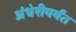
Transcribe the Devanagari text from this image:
अंधेरीपर्यंत